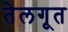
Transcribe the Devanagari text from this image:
तेलगूत